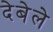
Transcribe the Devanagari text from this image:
देबेले